Vital statistics of India. Vol. V, Reports of 1876 on armies & jails and on epidemic cholera
Year: 1876
Disease focus: Cholera
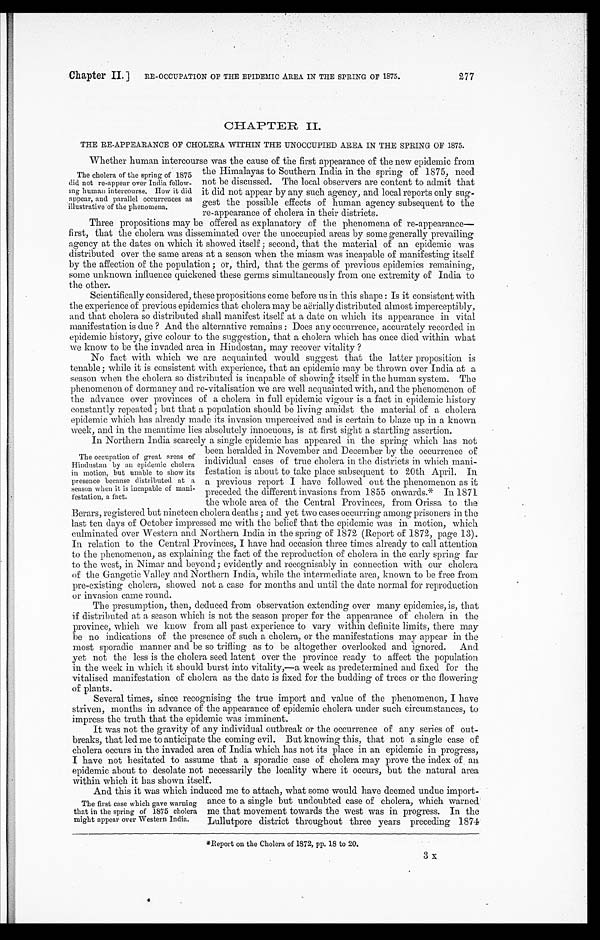
Chapter II.]
RE-OCCUPATION OF THE EPIDEMIC AREA IN THE SPRING OF 1875.
277
CHAPTER II.
THE RE-APPEARANCE OF CHOLERA WITHIN THE UNOCCUPIED AREA IN THE SPRING OF 1875.
Whether human intercourse was the cause of the first appearance of the new epidemic from
the Himalayas to Southern India in the spring of 1875, need
not be discussed. The local observers are content to admit that
it did not appear by any such agency, and local reports only sug
-gest the possible effects of human agency subsequent to the
re-appearance of cholera in their districts.
Three propositions may be offered as explanatory of the phenomena of re-appearance
— f i r s t , t h a t t h e c h o l e r a w a s d i s s e m i n a t e d o v e r t h e u n o c c u p i e d a r e a s b y s o m e g e n e r a l l y p r e v a i l i n g
agency at the dates on which it showed itself; second, that the material of an epidemic was
distributed over the same areas at a season when the miasm was incapable of manifesting itself
by the affection of the population; or, third, that the germs of previous epidemics remaining,
some unknown influence quickened these germs simultaneously from one extremity of India to
the other.
Scientifically considered, these propositions come before us in this shape: Is it consistent with
the experience of previous epidemics that cholera may be aërially distributed almost imperceptibly,
and that cholera so distributed shall manifest itself at a date on which its appearance in vital
manifestation is due? And the alternative remains: Does any occurrence, accurately recorded in
epidemic history, give colour to the suggestion, that a cholera which has once died within what
we know to be the invaded area in Hindostan, may recover vitality?
No fact with which we are acquainted would suggest that the latter proposition is
tenable; while it is consistent with experience, that an epidemic may be thrown over India at a
season when the cholera so distributed is incapable of showing itself in the human system. The
phenomenon of dormancy and re-vitalisation we are well acquainted with, and the phenomenon of
the advance over provinces of a cholera in full epidemic vigour is a fact in epidemic history
constantly repeated; but that a population should be living amidst the material of a cholera
epidemic which has already made its invasion unperceived and is certain to blaze up in a known
week, and in the meantime lies absolutely innocuous, is at first sight a startling assertion.
In Northern India scarcely a single epidemic has appeared in the spring which has not
been heralded in November and December by the occurrence of
individual cases of true cholera in the districts in which mani
-festation is about to take place subsequent to 20th April. In
a previous report I have followed out the phenomenon as it
preceded the different invasions from 1855 onwards.* In 1871
the whole area of the Central Provinces, from Orissa to the
Berars, registered but nineteen cholera deaths; and yet two cases occurring among prisoners in the
last ten days of October impressed me with the belief that the epidemic was in motion, which
culminated over Western and Northern India in the spring of 1872 (Report of 1872, page 13).
In relation to the Central Provinces, I have had occasion three times already to call attention
to the phenomenon, as explaining the fact of the reproduction of cholera in the early spring far
to the west, in Nimar and beyond; evidently and recognisably in connection with our cholera
of the Gangetic Valley and Northern India, while the intermediate area, known to be free from
pre-existing cholera, showed not a case for months and until the date normal for reproduction
or invasion came round.
The presumption, then, deduced from observation extending over many epidemics, is, that
if distributed at a season which is not the season proper for the appearance of cholera in the
province, which we know from all past experience to vary within definite limits, there may
be no indications of the presence of such a cholera, or the manifestations may appear in the
most sporadic manner and be so trifling as to be altogether overlooked and ignored. And
yet not the less is the cholera seed latent over the province ready to affect the population
in the week in which it should burst into vitality,—a week as predetermined and fixed for the
vitalised manifestation of cholera as the date is fixed for the budding of trees or the flowering
of plants.
Several times, since recognising the true import and value of the phenomenon, I have
striven, months in advance of the appearance of epidemic cholera under such circumstances, to
impress the truth that the epidemic was imminent.
It was not the gravity of any individual outbreak or the occurrence of any series of out
- b r e a k s , t h a t l e d m e t o a n t i c i p a t e t h e c o m i n g e v i l . B u t k n o w i n g t h i s , t h a t n o t a s i n g l e c a s e o f
cholera occurs in the invaded area of India which has not its place in an epidemic in progress,
I have not hesitated to assume that a sporadic case of cholera may prove the index of an
epidemic about to desolate not necessarily the locality where it occurs, but the natural area
within which it has shown itself.
And this it was which induced me to attach, what some would have deemed undue import
-ance to a single but undoubted case of cholera, which warned
me that movement towards the west was in progress. In the
Lullutpore district throughout three years preceding 1874
* R e p o r t o n t h e C h o l e r a o f 1 8 7 2 , p p . 1 8 t o 2 0 .
The cholera of the spring of 1875
did not re-appear over India follow
-ing human intercourse. How it did
appear, and parallel occurrences as
illustrative of the phenomena.
The occupation of great areas of
Hindustan by an epidemic cholera
in motion, but unable to show its
presence because distributed at a
season when it is incapable of mani
-festation, a fact.
The first case which gave warning
that in the spring of 1875 cholera
might appear over Western India.
3 x